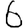
Digit: 6